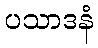
ပသာဒနံ